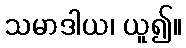
သမာဒါယ၊ ယူ၍။